Vaccination in Burma 1920-1933 - 1920-1933
Year: 1920
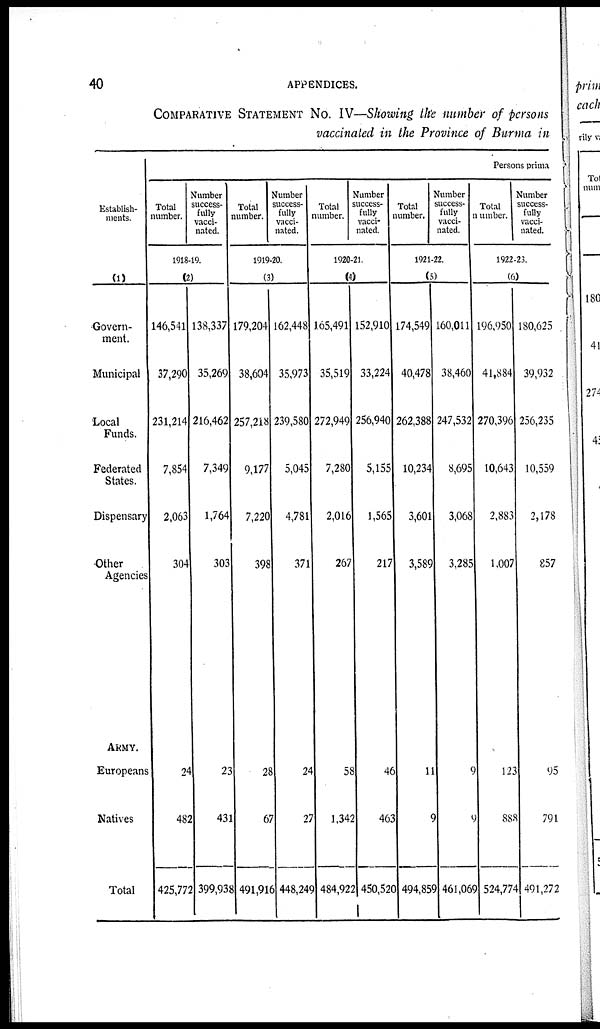
40
APPENDICES.
COMPARATIVE STATEMENT No. IV—Showing the number of persons
vaccinated in the Province of Burma in
Establish-
ments.
(1)
Govern-
ment.
Municipal
Local
Funds.
Federated
States.
Dispensary
Other
Agencies
ARMY.
Europeans
Natives
Total
Persons prima
Total
number.
Number
success-
fully
vacci-
nated.
1918-19.
(2)
146,541
37,290
231,214
7,854
2,063
304
24
482
425,772
138,337
35,269
216,462
7,349
1,764
303
23
431
399,938
Total
number.
Number
success-
fully
vacci-
nated.
1919-20.
(3)
179,204
38,604
257,218
9,177
7,220
398
28
67
491,916
162,448
35,973
239,580
5,045
4,781
371
24
27
448,249
Total
number.
Number
success-
fully
vacci-
nated.
1920-21.
(4)
165,491
35,519
272,949
7,280
2,016
267
58
1,342
484,922
152,910
33,224
256,940
5,155
1,565
217
46
463
450,520
Total
number.
Number
success-
fully
vacci-
nated.
1921-22.
(5)
174,549
40,478
262,388
10,234
3,601
3,589
11
9
494,859
160,011
38,460
247,532
8,695
3,068
3,285
9
9
461,069
Total
number.
Number
success-
fully
vacci-
nated.
1922-23.
(6)
196,950
41,884
270,396
10,643
2,883
1,007
123
888
524,774
180,625
39,932
256,235
10,559
2,178
857
95
791
491,272